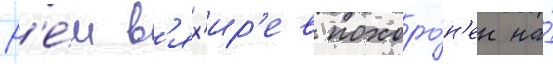
Р'е́м в'ях'ир'ев похоро́н'ен на́